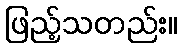
ဖြည့်သတည်း။